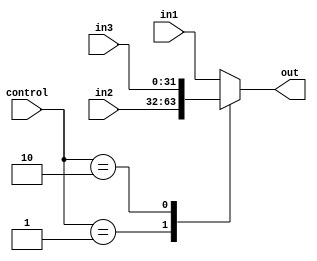
`ifndef MODULE_THREETOONEMUX32
`define MODULE_THREETOONEMUX32
`timescale 1ns / 1ps

module threetwonemux32(
    input [1:0] control,
    input [31:0] in1,
    input [31:0] in2,
    input [31:0] in3,
    output reg [31:0] out
    );

    always @(*) begin
        case(control)
        2'b00:  out = in1;
        2'b01:  out = in2;
        2'b10:  out = in3;
        default:  out = in1;
        endcase
    end
endmodule

`endif